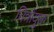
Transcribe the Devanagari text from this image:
चित्रोंयुक्त